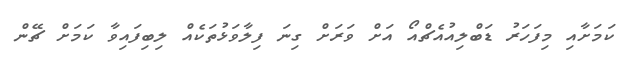
ކަމަށާއި މިފަހަރު ޑަބްލިއުއެޗްއޯ އަށް ވަރަށް ގިނަ ފިލާވަޅުތަކެއް ލިބިފައިވާ ކަމަށް ޗޭން